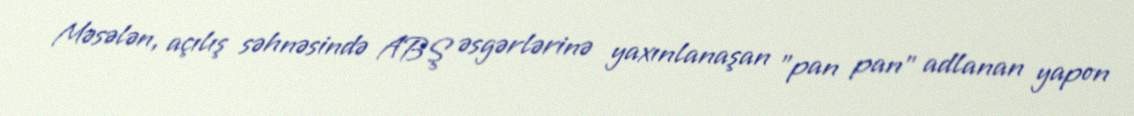
Məsələn, açılış səhnəsində ABŞ əsgərlərinə yaxınlanaşan "pan pan" adlanan yapon